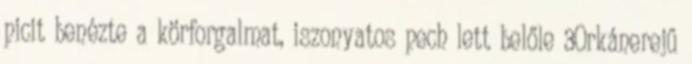
picit benézte a körforgalmat, iszonyatos pech lett belőle 3Orkánerejű